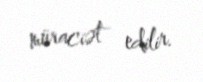
müraciət edilir.